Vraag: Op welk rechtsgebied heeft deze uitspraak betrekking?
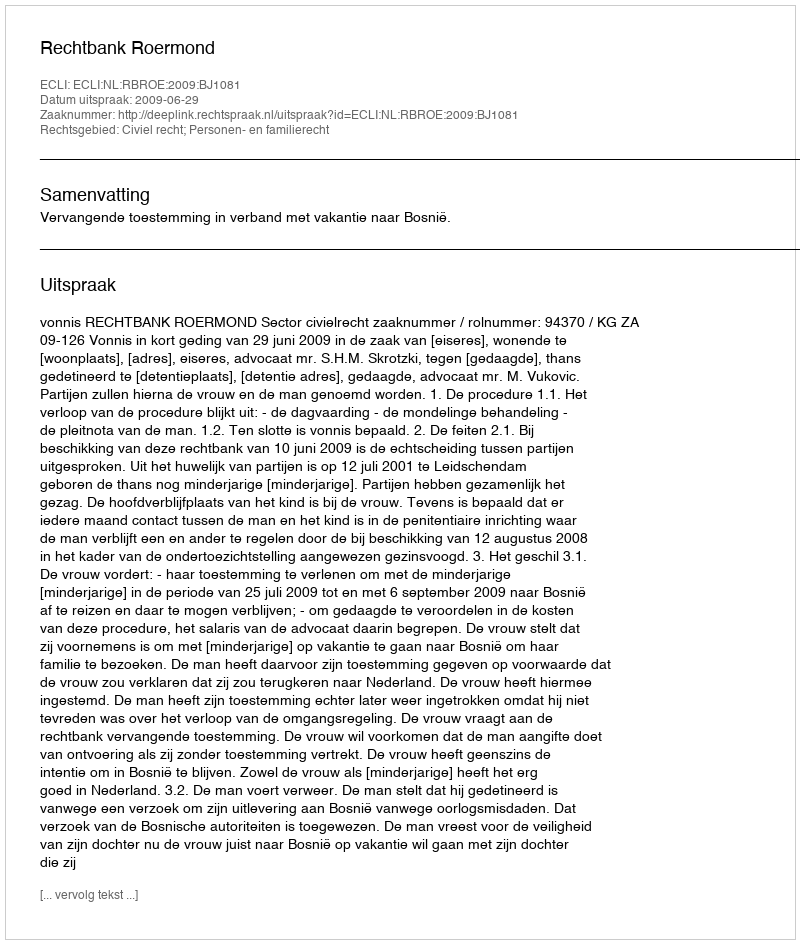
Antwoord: Civiel recht; Personen- en familierecht